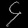
Digit: ၄